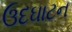
ઉદઘાટન